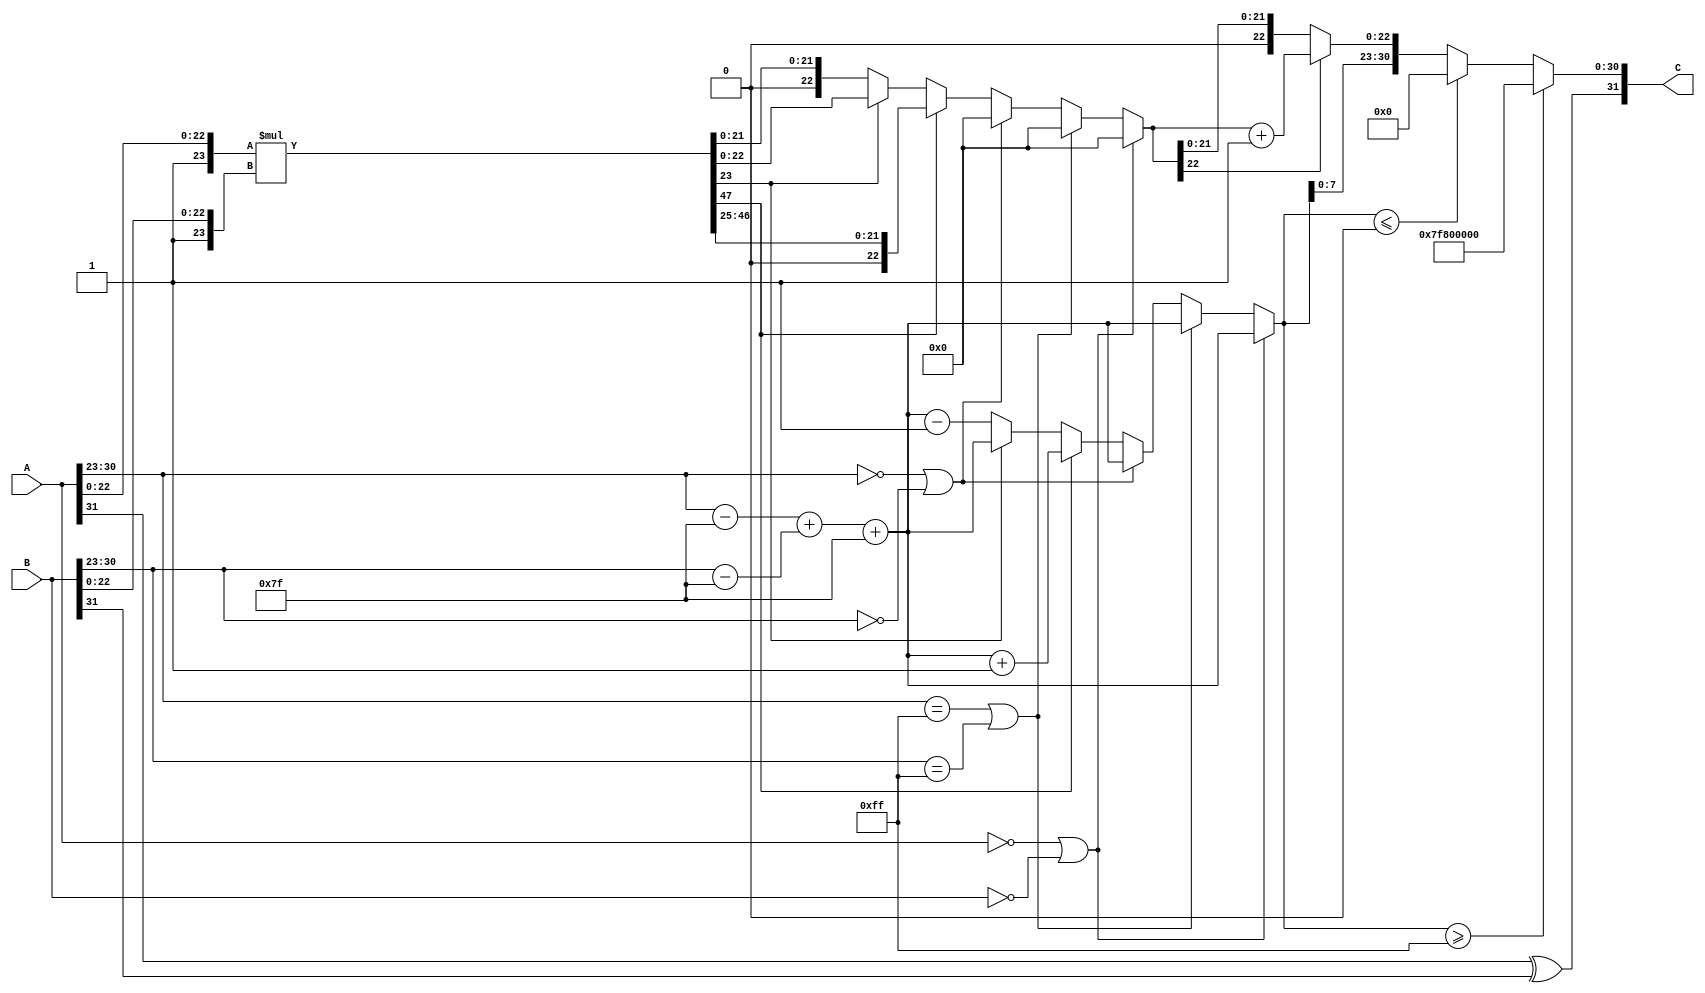
module floating_point_multiplier (
    input  wire [31:0] A, // First floating-point number
    input  wire [31:0] B, // Second floating-point number
    output reg  [31:0] C  // Result of multiplication
);

    // Constants
    localparam BIAS = 8'd127;
    localparam EXPONENT_WIDTH = 8;
    localparam MANTISSA_WIDTH = 23;

    // Internal signals
    wire signA = A[31];
    wire signB = B[31];
    wire [EXPONENT_WIDTH-1:0] expA = A[30:23];
    wire [EXPONENT_WIDTH-1:0] expB = B[30:23];
    wire [MANTISSA_WIDTH-1:0] mantA = A[22:0];
    wire [MANTISSA_WIDTH-1:0] mantB = B[22:0];

    wire [MANTISSA_WIDTH+1:0] normMantA = {1'b1, mantA}; // Add implicit leading 1
    wire [MANTISSA_WIDTH+1:0] normMantB = {1'b1, mantB}; // Add implicit leading 1

    // Calculate the sign of the result
    wire result_sign = signA ^ signB;

    // Calculate the exponent
    wire [EXPONENT_WIDTH-1:0] expA_adjusted = expA - BIAS;
    wire [EXPONENT_WIDTH-1:0] expB_adjusted = expB - BIAS;
    wire [EXPONENT_WIDTH:0] exp_sum = expA_adjusted + expB_adjusted + BIAS; // Add bias back

    // Multiply mantissas
    wire [2*MANTISSA_WIDTH+2:0] mant_product = normMantA * normMantB;

    // Normalize the result
    reg [EXPONENT_WIDTH-1:0] result_exponent;
    reg [MANTISSA_WIDTH:0] result_mantissa;
    reg [MANTISSA_WIDTH:0] mantissa_shifted;
    reg [EXPONENT_WIDTH:0] final_exponent;

    always @(*) begin
        // Default values
        result_exponent = 0;
        result_mantissa = 0;
        final_exponent = exp_sum;

        // Check for special cases
        if (A == 32'b0 || B == 32'b0) begin
            C = 32'b0; // Zero multiplication
        end else if (expA == 8'b11111111 || expB == 8'b11111111) begin
            C = {result_sign, 8'b11111111, 23'b0}; // Infinity
        end else if (expA == 8'b00000000 || expB == 8'b00000000) begin
            C = {result_sign, 8'b00000000, 23'b0}; // Subnormal
        end else if (mant_product[2*MANTISSA_WIDTH+1]) begin
            // Result is greater than or equal to 2
            mantissa_shifted = mant_product[MANTISSA_WIDTH+1:MANTISSA_WIDTH+1];
            result_mantissa = mant_product[2*MANTISSA_WIDTH:MANTISSA_WIDTH+2];
            final_exponent = exp_sum + 1; // Increment exponent
        end else if (mant_product[MANTISSA_WIDTH]) begin
            // Result is normalized
            result_mantissa = mant_product[MANTISSA_WIDTH-1:0];
        end else begin
            // Result is less than 1, shift right
            mantissa_shifted = mant_product[MANTISSA_WIDTH-1:0];
            result_mantissa = mant_product[MANTISSA_WIDTH-2:0];
            final_exponent = exp_sum - 1; // Decrement exponent
        end

        // Rounding (to nearest even)
        if (result_mantissa[MANTISSA_WIDTH-1]) begin
            result_mantissa = result_mantissa + 1; // Round up
        end

        // Handle overflow and underflow
        if (final_exponent >= 8'b11111111) begin
            C = {result_sign, 8'b11111111, 23'b0}; // Set to infinity
        end else if (final_exponent <= 8'b00000000) begin
            C = {result_sign, 8'b00000000, 23'b0}; // Set to zero
        end else begin
            C = {result_sign, final_exponent[EXPONENT_WIDTH-1:0], result_mantissa[MANTISSA_WIDTH-1:0]};
        end
    end

endmodule